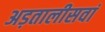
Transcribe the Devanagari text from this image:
अड़तालीसवां